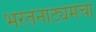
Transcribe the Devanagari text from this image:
भरतनाट्यमचा